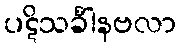
ပဋိသင်္ခါနဗလာ